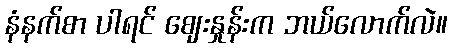
နံနက်စာ ပါရင် ဈေးနှုန်းက ဘယ်လောက်လဲ။